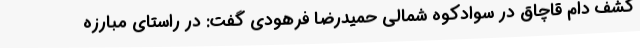
کشف دام قاچاق در سوادکوه شمالی حمیدرضا فرهودی گفت: در راستای مبارزه